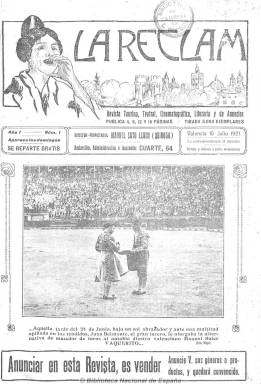
Título: La Reclam (Valencia)
Otros títulos: Reclam cine
Colección: Toros || Cine
Ámbito geográfico: Valencia
Lugar de publicación: Valencia
Fechas: 10/07/1921-17/01/1926

Título en valenciano (El reclamo, en castellano) que, con el subtítulo “revista taurina, teatral, cinematográfica, literaria y de anuncios”, comienza a aparecer el diez de julio de 1921, siendo una especie de semanario-cartelera, con profusión de anuncios publicitarios relativos a estos espectáculos y, especialmente, a los de la industria cinematográfica (productoras, exhibidores, películas, estrenos, etc.), que experimenta la ciudad del Turia que, junto a Barcelona y Madrid, es una de las principales capitales españolas de su desarrollo. Aparece cada domingo en entregas, generalmente, de ocho páginas (aunque su paginación será variada, desde cuatro hasta superar las dieciséis), indicando en su cabecera (formada por un grabado alegórico de la ciudad y de una valenciana con el traje folclórico) una tirada de 5.000 ejemplares, resaltando el hecho de que se repartían gratis en cafés, bares, fondas, círculos, salones, cines, teatros, circos y demás espectáculos.

Su propietario y director es Manuel Soto Lluch (Quiroga), un valenciano nacido en 1894 que había sido colaborador de periódicos catalanes y de su tierra y que será autor de libros taurinos, novelas, sainetes y comedias, algunas de ellas escritas en su lengua vernácula. El administrador será Vicente Soto.

La cubierta de la revista (impresa a dos tintas) siempre estará ocupada por una fotografía a toda plana sobre festejos taurinos, pero también con retratos de toreros y artistas y actores, preferentemente del mundo del entonces cine mudo, además de algunos dibujos. Sus textos no serán demasiado extensos, excepto algunos artículos o crónicas firmadas por su director, y ofrecerá noticias y comentarios sobre los festejos taurinos y el mundo de la tauromaquia, y de la producción y estreno de películas y obras de teatro o varietés, acompañados a veces de fotografías. Aunque señala que sus redactores serán “jóvenes plumíferos”, entre las pocas firmas que aparecen se encuentran las de su director y las de Manuel Fernández Serrano, como crítico teatral. Muchos de sus textos esconden claramente su carácter publicitario.

Con motivo de las Fallas (marzo) o la Feria de Valencia (julio), también edita números extraordinarios, aunque siguiendo la secuencia de numeración y aumentando su paginación, además de sus inserciones publicitarias, incluyendo fotografías sobre Valencia y su provincia y las propias fiestas, así como textos literarios de escritores y poetas de la tierra, como José Navarro Cabanes, Rafael Trullenque, Fernando Lluch, Visent Vidal o E. Mollá Ripoll, algunos de ellos en lengua valenciana. Su director ya había señalado en el saludo de la revista que estará alejada de la política sobre la que manifiesta su desprecio, pero no quedará tampoco exenta de ser visada por la censura militar durante la dictadura primoriverista. También se conoce un Álbum artístico La reclam, de 1925, especie de número-almanaque de un centenar de páginas con variedad de fotos de Valencia y su provincia y numerosa publicidad.

El editor llevará a cabo una reforma sui géneris de la publicación y su cubierta aparecerá el 14 de octubre de 1923 bajo el título La reclam cine, con periodicidad quincenal y aumentando prácticamente el doble su paginación, siguiendo alternativamente la secuencia de numeración de La reclam, que seguirá apareciendo también alternativamente cada quince días, aunque permanezca su indicación de semanal. Bajo la nueva cabecera (que aparecerá también en la portada a partir del 28 de septiembre de 1924) se subtitula “revista cinematográfica, taurina, teatral y deportiva”, añadiendo la leyenda de ser la “más popular de Valencia”. Aunque indica que, bajo este nuevo título , dedicará sus contenidos exclusivamente a la “escena muda”, con noticias y datos de los estrenos cinematográficos en Valencia o entrevistas a los “ases de la pantalla”, etc., sigue también ofreciendo información y publicidad de todos los espectáculos expresados en su subtítulo, al que se le ha añadido el deportivo del fútbol, pero priman en sus páginas bajo esta cabecera las crónicas, reportajes, informaciones, comentarios y datos sobre estrenos, programación, exhibición, alquiler, concesiones o producción de películas, además de ofrecer textos argumentales de algunas de ellas, junto a fotografías de actrices, actores, secuencias, etc. El dibujante Pérez del Muro es el autor de las cabeceras alegóricas de las diferentes secciones del nuevo título.

También señala el propio director, que de La reclam cine (bajo cuya cabecera aparece como redactor-jefe Vicente Soto Lluch, probablemente, su hermano) imprime dos ediciones. Una en papel couché, que se reparte al precio de 25 céntimos, en toda España y especialmente a los “espectaculistas” de las capitales de Valencia, Castellón, Alicante, Murcia, Albacete, Teruel y pueblos de estas provincias que tienen cine. Y otra “popular”, que se reparte gratis a todas las empresas cinematográficas, taurinas y teatrales de España (aunque en otra ocasión señala que sólo de Valencia), “por ser de propaganda”. Bajo este título también editará un número extraordinario el uno de noviembre de 1925, de 68 páginas, dedicado a Barcelona y a su cinematografía, que hasta está década será el principal foco de esta industria en España.

El último número de La reclam en esta colección es el 238, correspondiente al seis de diciembre de 1925, mientras que con el de La reclam cine, es el número 241, correspondiente al 17 de enero de 1926. Véase también en la Biblioteca Nacional de España este último título, que sigue editándose hasta mayo de ese año, así como La reclam taurina, que se publica también desde 1926 hasta 1931, como continuación, en parte y cada uno, de La reclam nacida en 1921